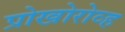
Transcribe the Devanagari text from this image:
प्रोखोरोव्ह